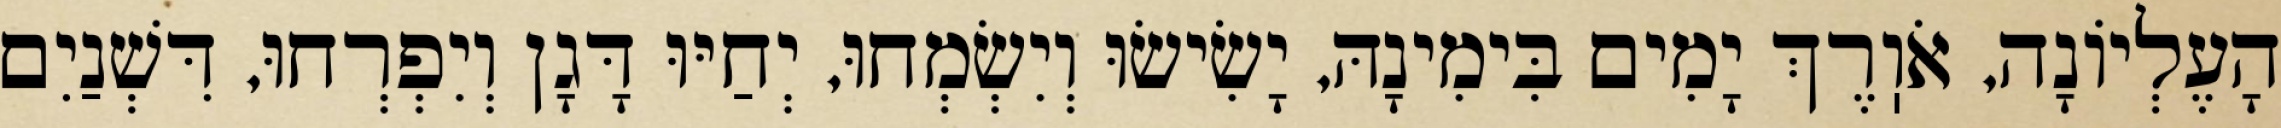
הָעֶלְיוֹנָה, אֹוֽרֶךְ יָמִים בִּימִינָהּ, יָשִׂישׂוּ וְיִשְׂמְחוּ, יְחַיּוּ דָּגָן וְיִפְרְחוּ, דִּשְׁנַיִם